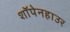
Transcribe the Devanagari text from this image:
शॉपेनहाउर